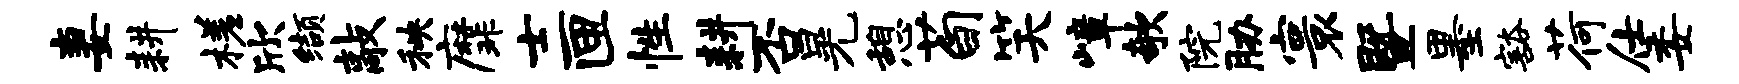
妻耕槎欣缬敲秧縻士匣性耕否晃憩荀笑嶂欹院胁寰暨墨豁荷仕委